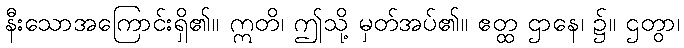
နီးသောအကြောင်းရှိ၏။ ဣတိ၊ ဤသို့ မှတ်အပ်၏။ ဧတ္ထ ဌာနေ၊ ၌။ ဌတွာ၊